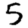
Digit: 5